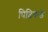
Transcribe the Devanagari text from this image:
पिढिकडे